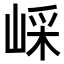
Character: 𡸯